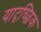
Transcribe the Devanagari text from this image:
यादृच्‍छिक